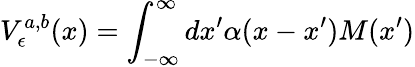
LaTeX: V_{\epsilon}^{a,b}(x)=\int_{-\infty}^{\infty}dx^{\prime}\alpha(x-x^{\prime})M(x^{\prime})